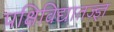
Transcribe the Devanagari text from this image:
पक्षिविद्यातज्‍ज्ञ